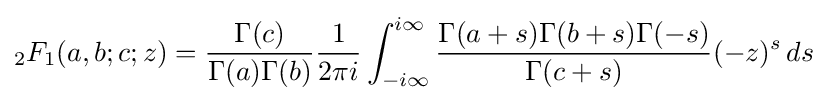
{}_{2}F_{1}(a,b;c;z)={\frac {\Gamma (c)}{\Gamma (a)\Gamma (b)}}{\frac {1}{2\pi i}}\int _{-i\infty }^{i\infty }{\frac {\Gamma (a+s)\Gamma (b+s)\Gamma (-s)}{\Gamma (c+s)}}(-z)^{s}\,ds